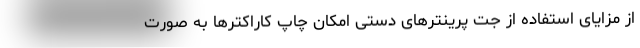
از مزایای استفاده از جت پرینترهای دستی امکان چاپ کاراکترها به صورت